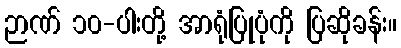
ဉာဏ် ၁၀-ပါးတို့ အာရုံပြုပုံကို ပြဆိုခန်း။